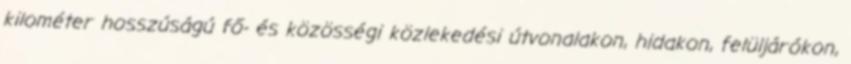
kilométer hosszúságú fő- és közösségi közlekedési útvonalakon, hidakon, felüljárókon,